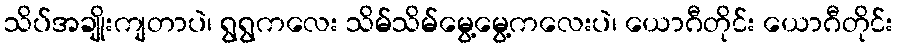
သိပ်အချိုးကျတာပဲ၊ ရွရွကလေး သိမ်သိမ်မွေ့မွေ့ကလေးပဲ၊ ယောဂီတိုင်း ယောဂီတိုင်း